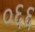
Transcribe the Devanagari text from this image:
०६६